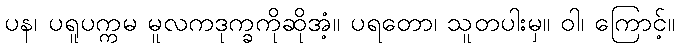
ပန၊ ပရူပက္ကမ မူလကဒုက္ခကိုဆိုအံ့။ ပရတော၊ သူတပါးမှ။ ဝါ၊ ကြောင့်။